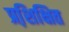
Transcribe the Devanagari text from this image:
प्रशि़क्षित